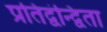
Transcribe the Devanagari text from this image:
प्रतिद्वंन्द्विता